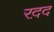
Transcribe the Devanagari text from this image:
रद़द